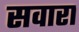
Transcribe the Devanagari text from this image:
सवारा